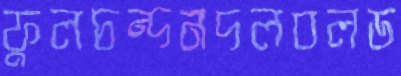
ফুলচন্দনদলবলড